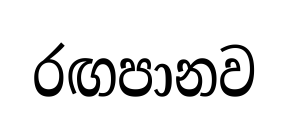
රඟපානව